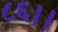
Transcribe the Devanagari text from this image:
८६।।